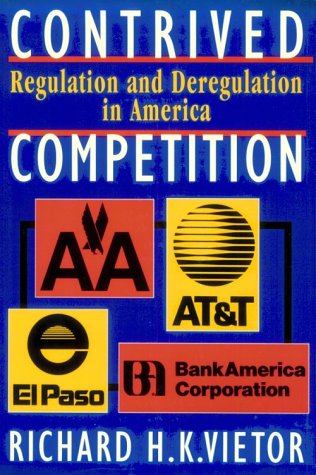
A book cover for Contrived Competition: Regulation and Deregulation in America; Richard Vietor; Law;